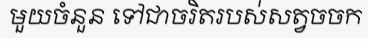
មួយចំនួន ទៅជាចរិតរបស់សត្វចចក